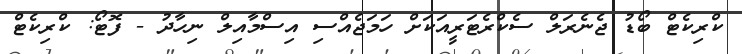
ކްރިކެޓް ބޯޑު ޖެނެރަލް ސެކްރެޓަރީއަކަށް ހަމަޖެއްސި އިސްމާއިލް ނިހާދު - ފޮޓޯ: ކްރިކެޓް